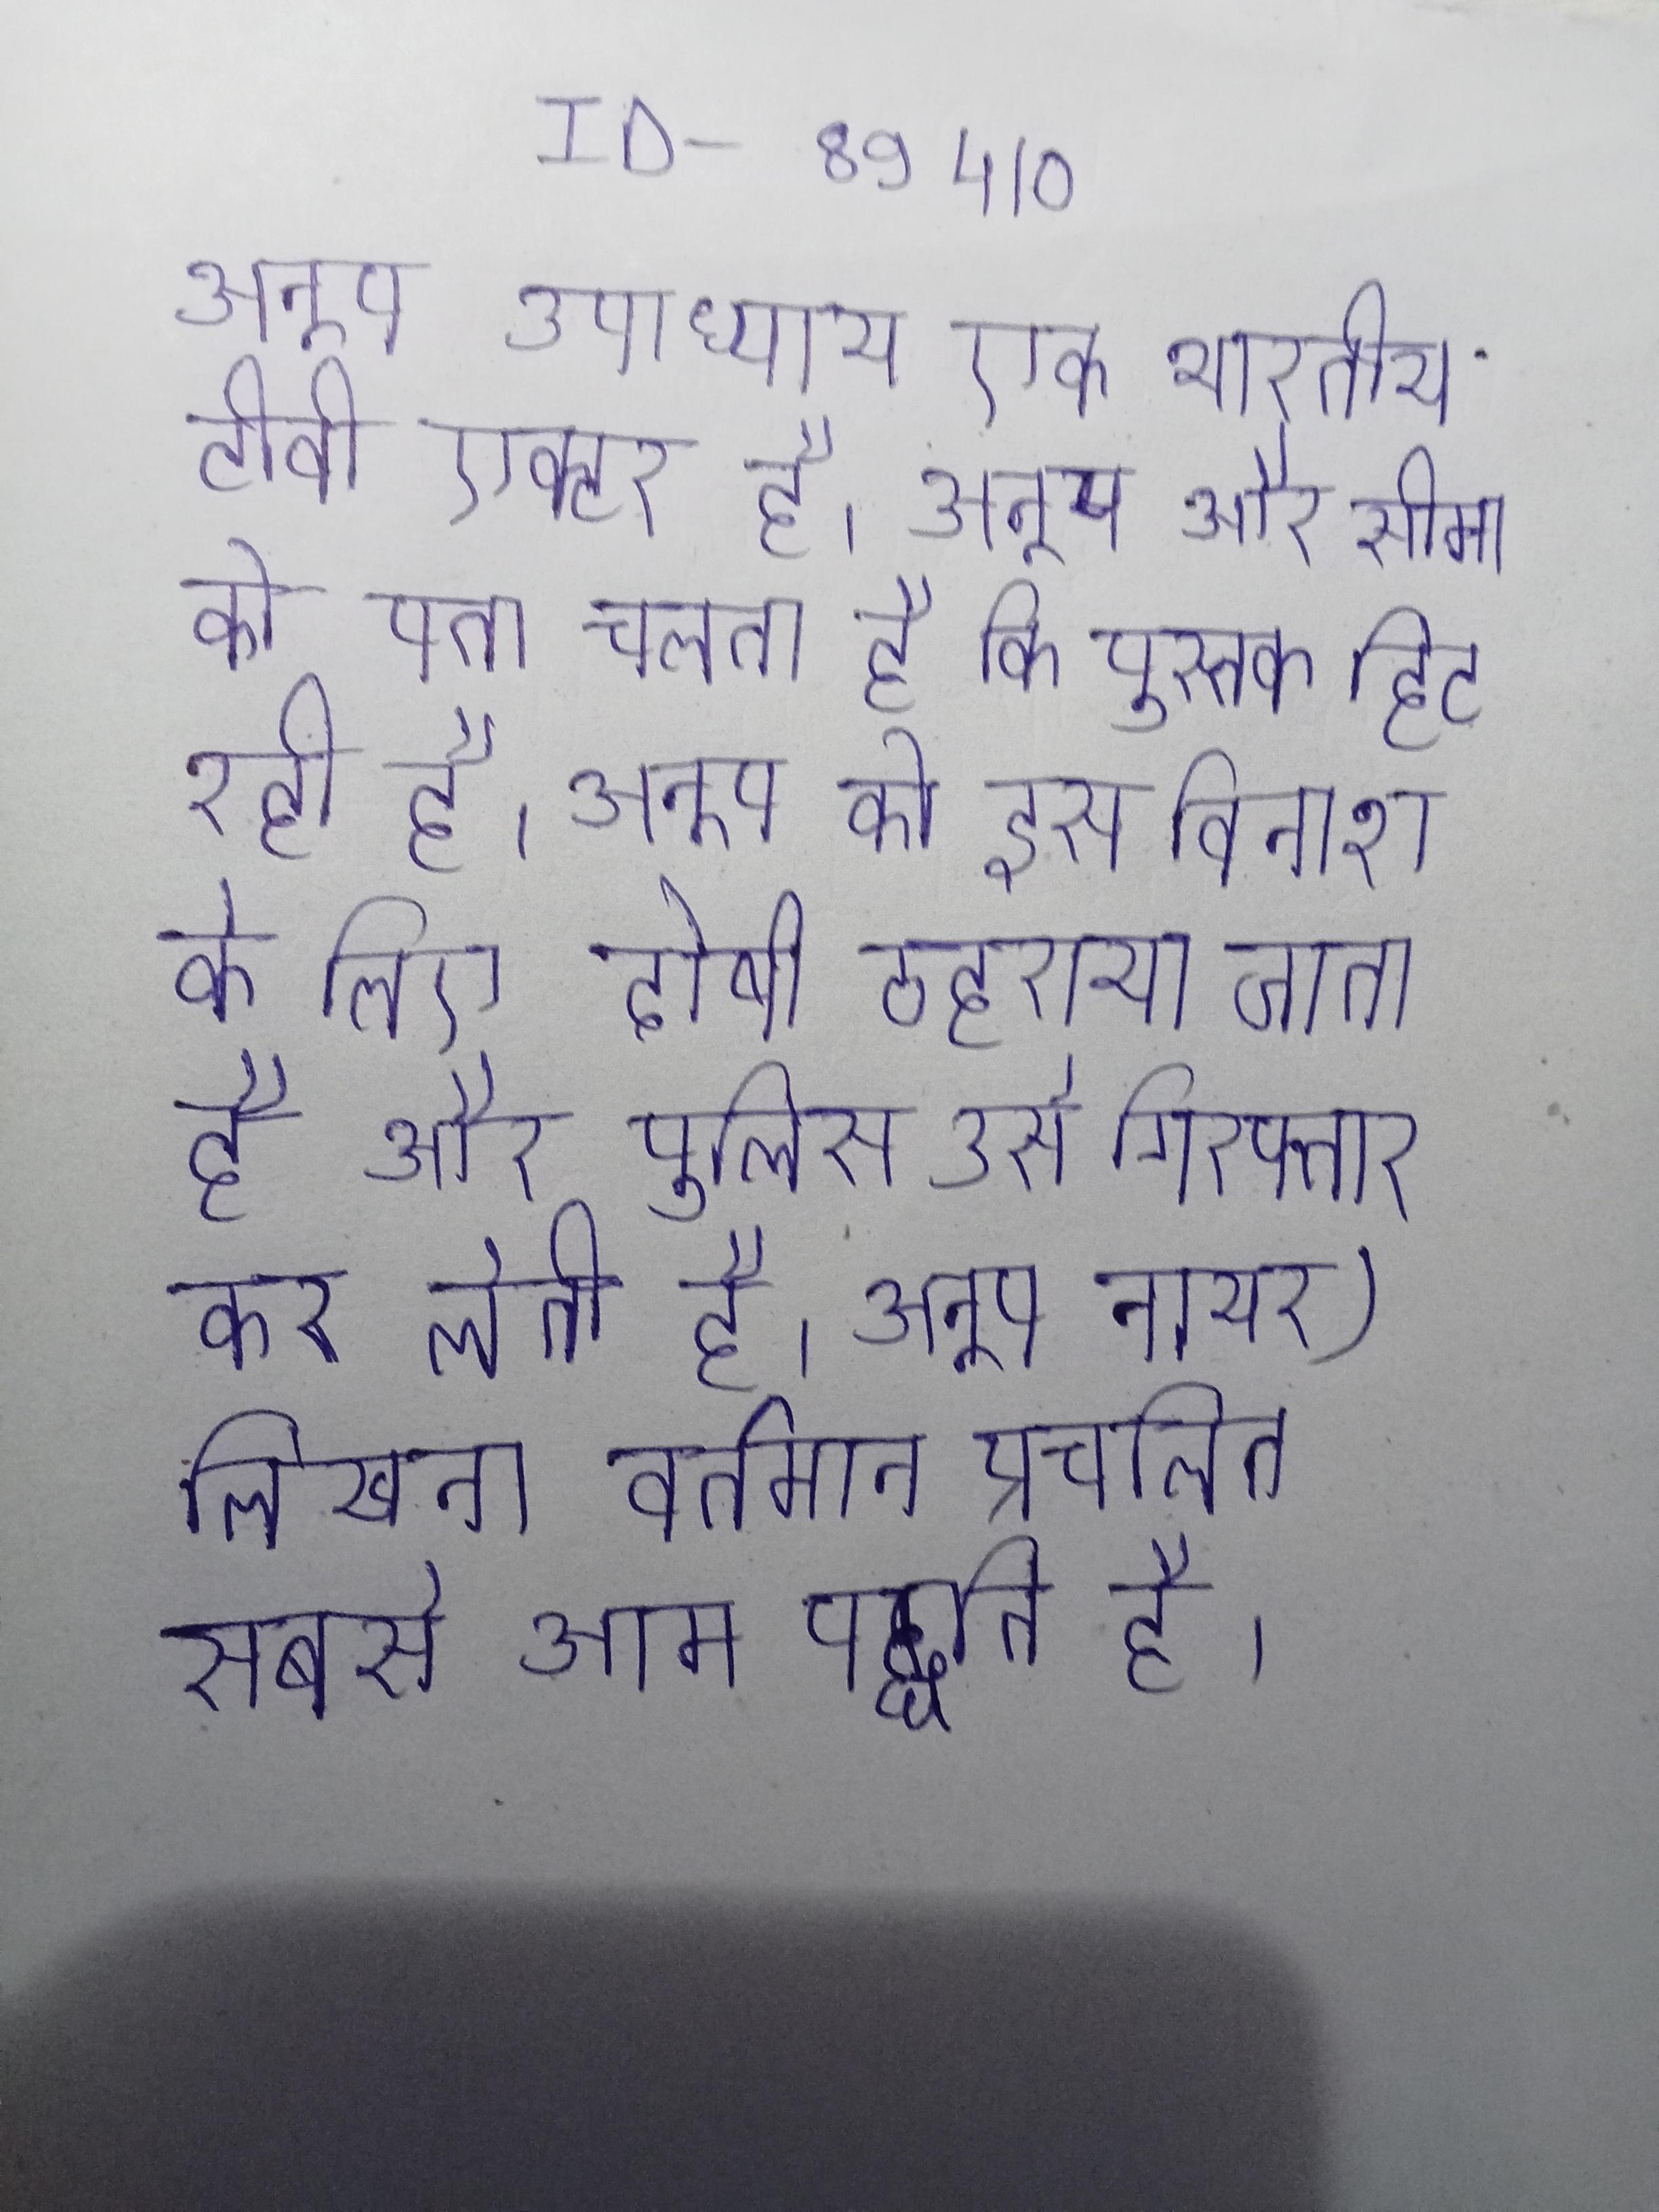
अनूप उपाध्याय एक भारतीय टीवी एक्टर है । अनूप और सीमा को पता चलता है कि पुस्तक हिट रही है । अनूप को इस विनाश के लिए दोषी ठहराया जाता है और पुलिस उसे गिरफ्तार कर लेती है । अनूप नायर) लिखना वर्तमान प्रचलित सबसे आम पद्धति है ।